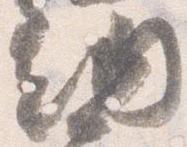
納